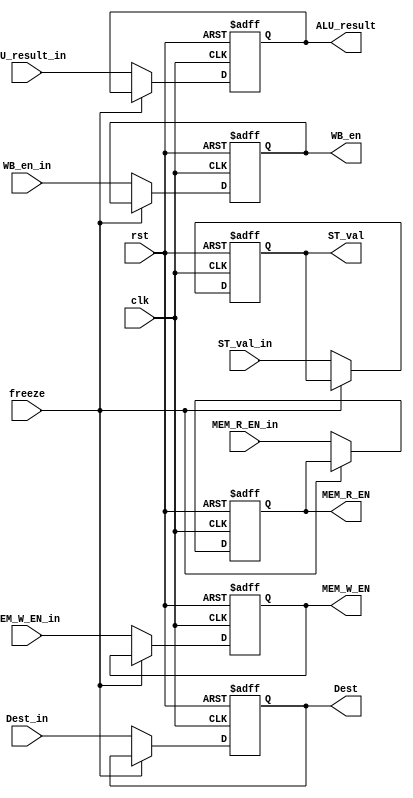
module ExecuteReg (
    clk,
    rst,
    WB_en_in,
    MEM_R_EN_in,
    MEM_W_EN_in,
    ALU_result_in,
    ST_val_in,
    Dest_in,
    WB_en,
    MEM_R_EN,
    MEM_W_EN,
    ALU_result,
    ST_val,
    Dest,
    freeze
);
    input clk;
    input rst;
    input WB_en_in;
    input MEM_R_EN_in;
    input MEM_W_EN_in;
    input [31:0] ALU_result_in;
    input [31:0] ST_val_in;
    input [3:0] Dest_in;
    input freeze;
    output reg WB_en;
    output reg MEM_R_EN;
    output reg MEM_W_EN;
    output reg [31:0] ALU_result;
    output reg [31:0] ST_val;
    output reg [3:0] Dest;
	
	always @(posedge clk, posedge rst) begin
		if (rst == 1) begin
			WB_en	        <= 0;
			MEM_W_EN 	    <= 0;
			MEM_R_EN	    <= 0;
			ALU_result	    <= 32'b0;
			ST_val		    <= 32'b0;
			Dest			<= 4'b0;
		end
		else if(freeze != 1'b1) begin
			WB_en           <= WB_en_in;
			MEM_W_EN        <= MEM_W_EN_in;
			MEM_R_EN        <= MEM_R_EN_in;
			ALU_result      <= ALU_result_in;
		    ST_val          <= ST_val_in;
		    Dest            <= Dest_in;
		end		
	end

endmodule